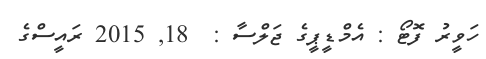
ހަވީރު ފޮޓޯ : އެމްޑީޕީގެ ޖަލްސާ :  18